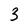
Character: 3